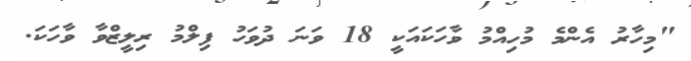
"މިހާރު އެންމެ މުހިއްމު ވާހަކައަކީ 18 ވަނަ ދުވަހު ފިލްމު ރިލީޒްވާ ވާހަކަ.